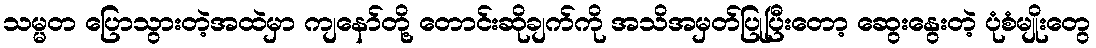
သမ္မတ ပြောသွားတဲ့အထဲမှာ ကျနော်တို့ တောင်းဆိုချက်ကို အသိအမှတ်ပြုပြီးတော့ ဆွေးနွေးတဲ့ ပုံစံမျိုးတွေ